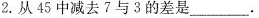
2.从45中减去7与3的差是___。